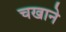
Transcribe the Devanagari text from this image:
चखाने